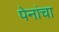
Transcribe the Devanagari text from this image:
पेनांचा